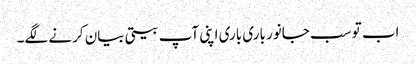
اب تو سب جانور باری باری اپنی آپ بیتی بیان کرنے لگے۔